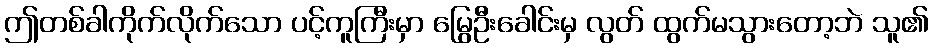
ဤတစ်ခါကိုက်လိုက်သော ပင့်ကူကြီးမှာ မြွေဦးခေါင်းမှ လွတ် ထွက်မသွားတော့ဘဲ သူ၏